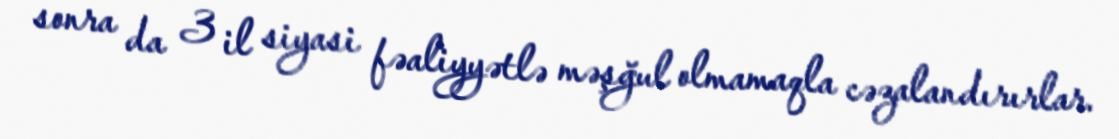
sonra da 3 il siyasi fəaliyyətlə məşğul olmamaqla cəzalandırırlar.